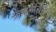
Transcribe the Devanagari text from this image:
फाइनेन्शियल